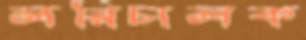
লরিচালক